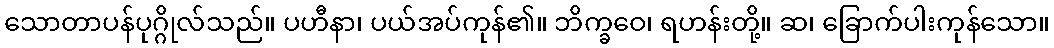
သောတာပန်ပုဂ္ဂိုလ်သည်။ ပဟီနာ၊ ပယ်အပ်ကုန်၏။ ဘိက္ခဝေ၊ ရဟန်းတို့။ ဆ၊ ခြောက်ပါးကုန်သော။